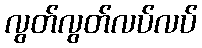
လွတ်လွတ်လပ်လပ်